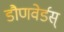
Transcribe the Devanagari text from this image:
डौणवेर्डस्